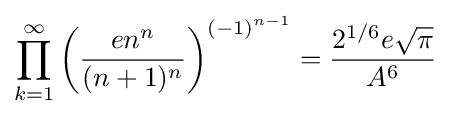
\prod _{k=1}^{\infty }\left({\frac {en^{n}}{(n+1)^{n}}}\right)^{(-1)^{n-1}}={\frac {2^{1/6}e{\sqrt {\pi }}}{A^{6}}}